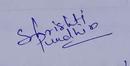
Signature authenticity: genuine